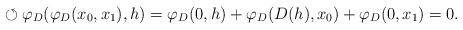
LaTeX: \begin{align*}\circlearrowleft \varphi_D(\varphi_D(x_0, x_1), h)= \varphi_D (0, h) + \varphi_D(D(h), x_0) + \varphi_D(0, x_1) = 0.\end{align*}